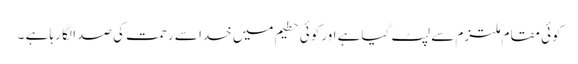
کوئی مقام ملتزم سے لپٹ گیاہے اورکوئی حطیم میں خدا سے رحمت کی صدا لگا رہا ہے ۔